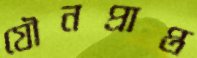
যৌনপ্রাপ্ত